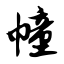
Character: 幢